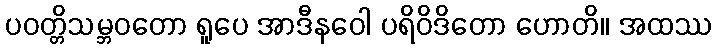
ပဝတ္တိသမ္ဘဝတော ရူပေ အာဒီနဝေါ ပရိဝိဒိတော ဟောတိ။ အထဿ